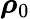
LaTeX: {\boldsymbol{\rho}}_{0}